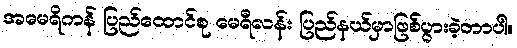
အမေရိကန် ပြည်ထောင်စု မေရီလန်း ပြည်နယ်မှာဖြစ်ပွားခဲ့တာပါ။